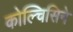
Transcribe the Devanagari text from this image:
कोल्चिसिने